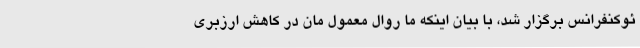
ئوکنفرانس برگزار شد، با بیان اینکه ما روال معمول‌ مان در کاهش ارزبری